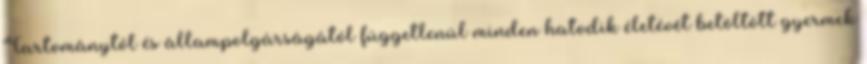
Tartománytól és állampolgárságától függetlenül minden hatodik életévét betöltött gyermek